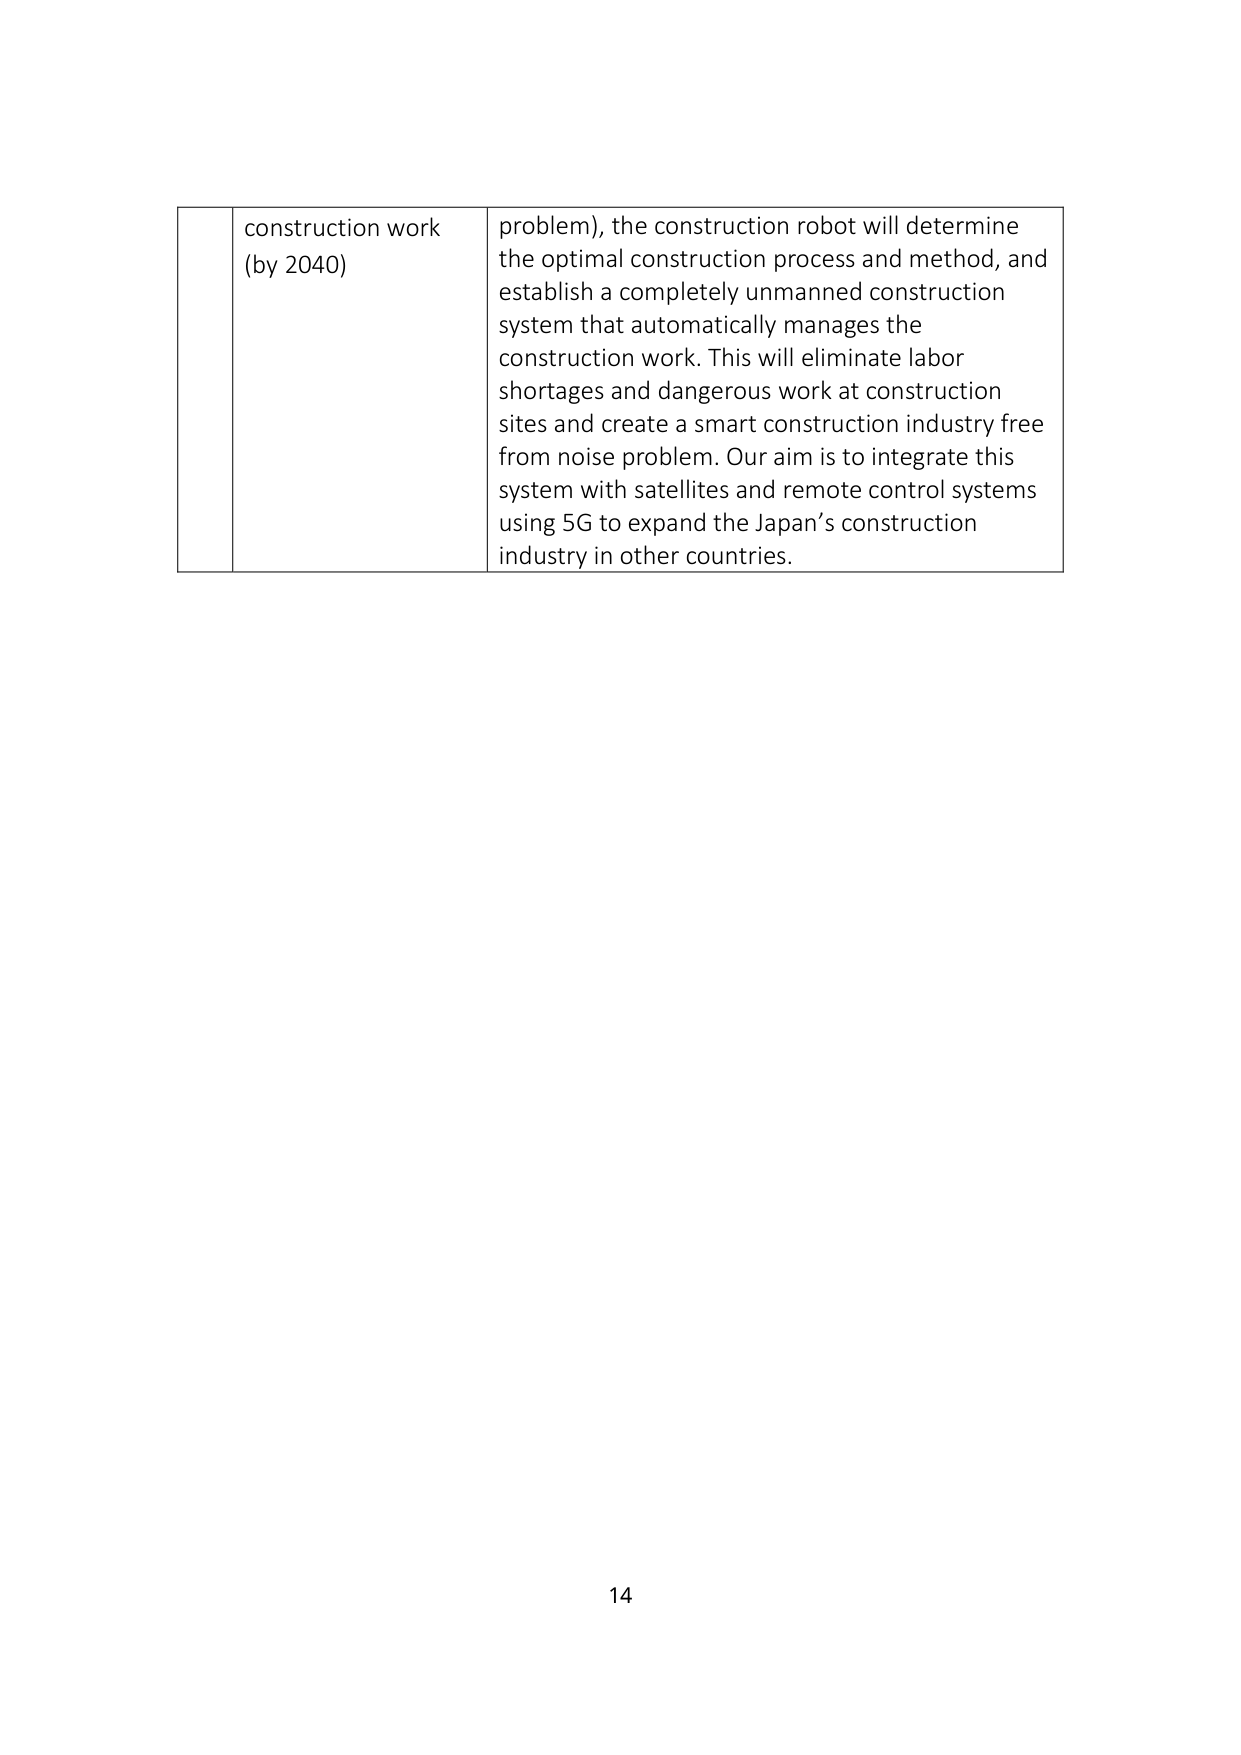
construction work
(by 2040)

problem), the construction robot will determine
the optimal construction process and method, and
establish a completely unmanned construction
system that automatically manages the
construction work. This will eliminate labor
shortages and dangerous work at construction
sites and create a smart construction industry free
from noise problem. Our aim is to integrate this
system with satellites and remote control systems
using 5G to expand the Japan’s construction
industry in other countries.

14